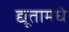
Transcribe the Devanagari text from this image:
द्यूतामधे